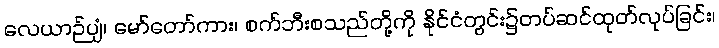
လေယာဉ်ပျံ၊ မော်တော်ကား၊ စက်ဘီးစသည်တို့ကို နိုင်ငံတွင်း၌တပ်ဆင်ထုတ်လုပ်ခြင်း၊